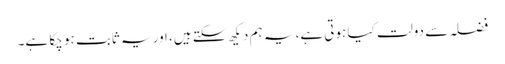
فضلہ سے دولت کیا ہوتی ہے، یہ ہم دیکھ سکتے ہیں، اور یہ ثابت ہو چکا ہے۔